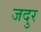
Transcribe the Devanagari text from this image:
जदुर